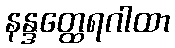
နန္ဒတ္ထေရဂါထာ